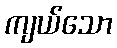
ကျယ်သော